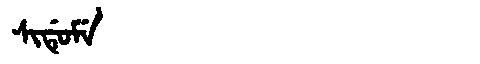
Manchu: ᠰᡳᡩᡠᠮᡝ
Romanization: SIDUME